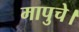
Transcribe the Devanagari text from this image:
मापुचे।